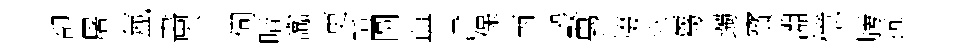
卻屠氳畵个伺暗讟吏踵圆典津保丙彀愚掇坐芻躅寳淵憶牓抗